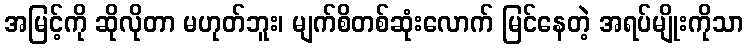
အမြင့်ကို ဆိုလိုတာ မဟုတ်ဘူး၊ မျက်စိတစ်ဆုံးလောက် မြင်နေတဲ့ အရပ်မျိုးကိုသာ